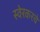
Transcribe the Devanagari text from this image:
स्वेरकरचे